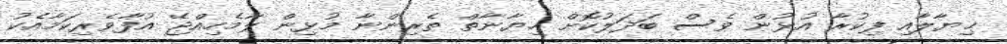
ޚިޔާލާއި ފިކުރާ އުޅުން ވެސް ބަދަލުކޮށް ޙިޔާނާތް ތެރިންނާ މުޅިން ލާމެހިއްޖޭ އުފާވެރިކަމާއެކު